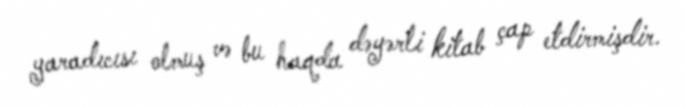
yaradıcısı olmuş və bu haqda dəyərli kitab çap etdirmişdir.